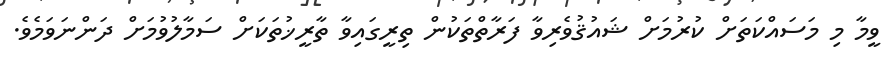
ވީމާ މި މަސައްކަތަށް ކުރުމަށް ޝައުޤުވެރިވާ ފަރާތްތަކުން ތިރީގައިވާ ތާރީޚުތަކަށް ސަމާލުވުމަށް ދަންނަވަމެވެ.